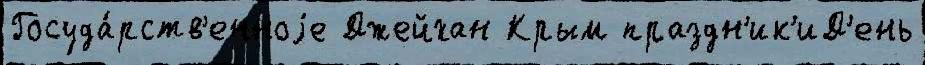
Госуда́рств'енноjе Джейхан Крым праздн'ик'иД'ень